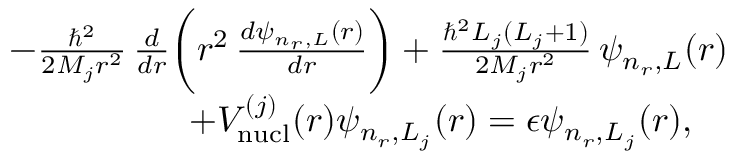
\begin{array} { r l r } & { } & { - \frac { \hbar ^ { 2 } } { 2 M _ { j } r ^ { 2 } } \, \frac { d } { d r } \bigg ( r ^ { 2 } \, \frac { d \psi _ { n _ { r } , L } ( r ) } { d r } \bigg ) + \frac { \hbar ^ { 2 } L _ { j } ( L _ { j } + 1 ) } { 2 M _ { j } r ^ { 2 } } \, \psi _ { n _ { r } , L } ( r ) } \\ & { } & { \; \; + V _ { \mathrm { n u c l } } ^ { ( j ) } ( r ) \psi _ { n _ { r } , L _ { j } } ( r ) = \epsilon \psi _ { n _ { r } , L _ { j } } ( r ) , \quad } \end{array}